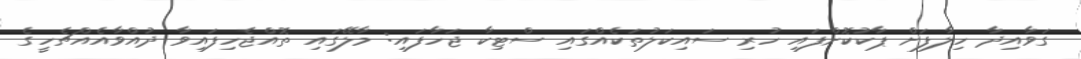
ގަވާއިދާ ހިލާފަށް ޕާކުކޮށްފައި ހުރި ސައިކަލުތަކެއްގައި ސްޓިކާ ޖަހާފައި: މާލޭގައި ތޮއްޖެހިފައިވާ ދުއްވާއެއްޗެހީގެ